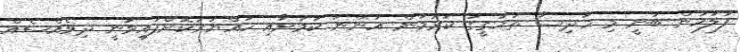
ފުލުހުން ބުނީ މި ހާދިސާ ތަހުގީގު ކުރަމުން އަންނަ ކަމަށާއި ހައްޔަރުކޮށްފައިވަނީ ދިވެއްސެއް